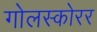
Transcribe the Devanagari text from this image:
गोलस्कोरर